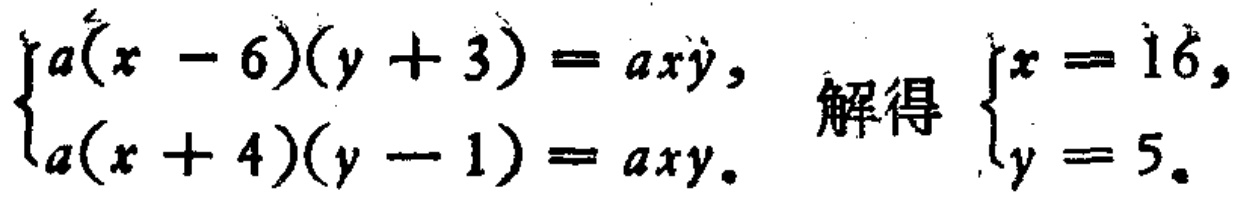
\[\begin{cases}a(x - 6)(y + 3) = axy,\\a(x + 4)(y - 1) = axy.\end{cases}\text{ 解得 }\begin{cases}x = 16,\\y = 5.\end{cases}\]